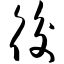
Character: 後